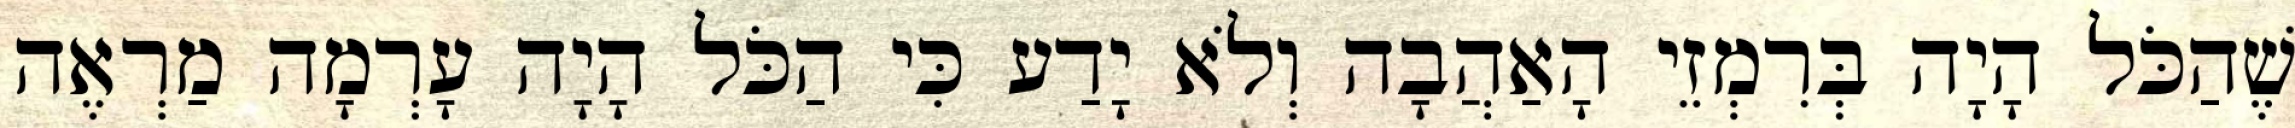
שֶׁהַכֹּל הָיָה בְּרִמְזֵי הָאַהֲבָה וְלֹא יָדַע כִּי הַכֹּל הָיָה עָרְמָה מַרְאֶה